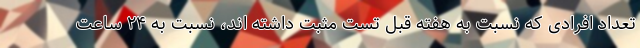
تعداد افرادی که نسبت به هفته قبل تست مثبت داشته اند، نسبت به ۲۴ ساعت